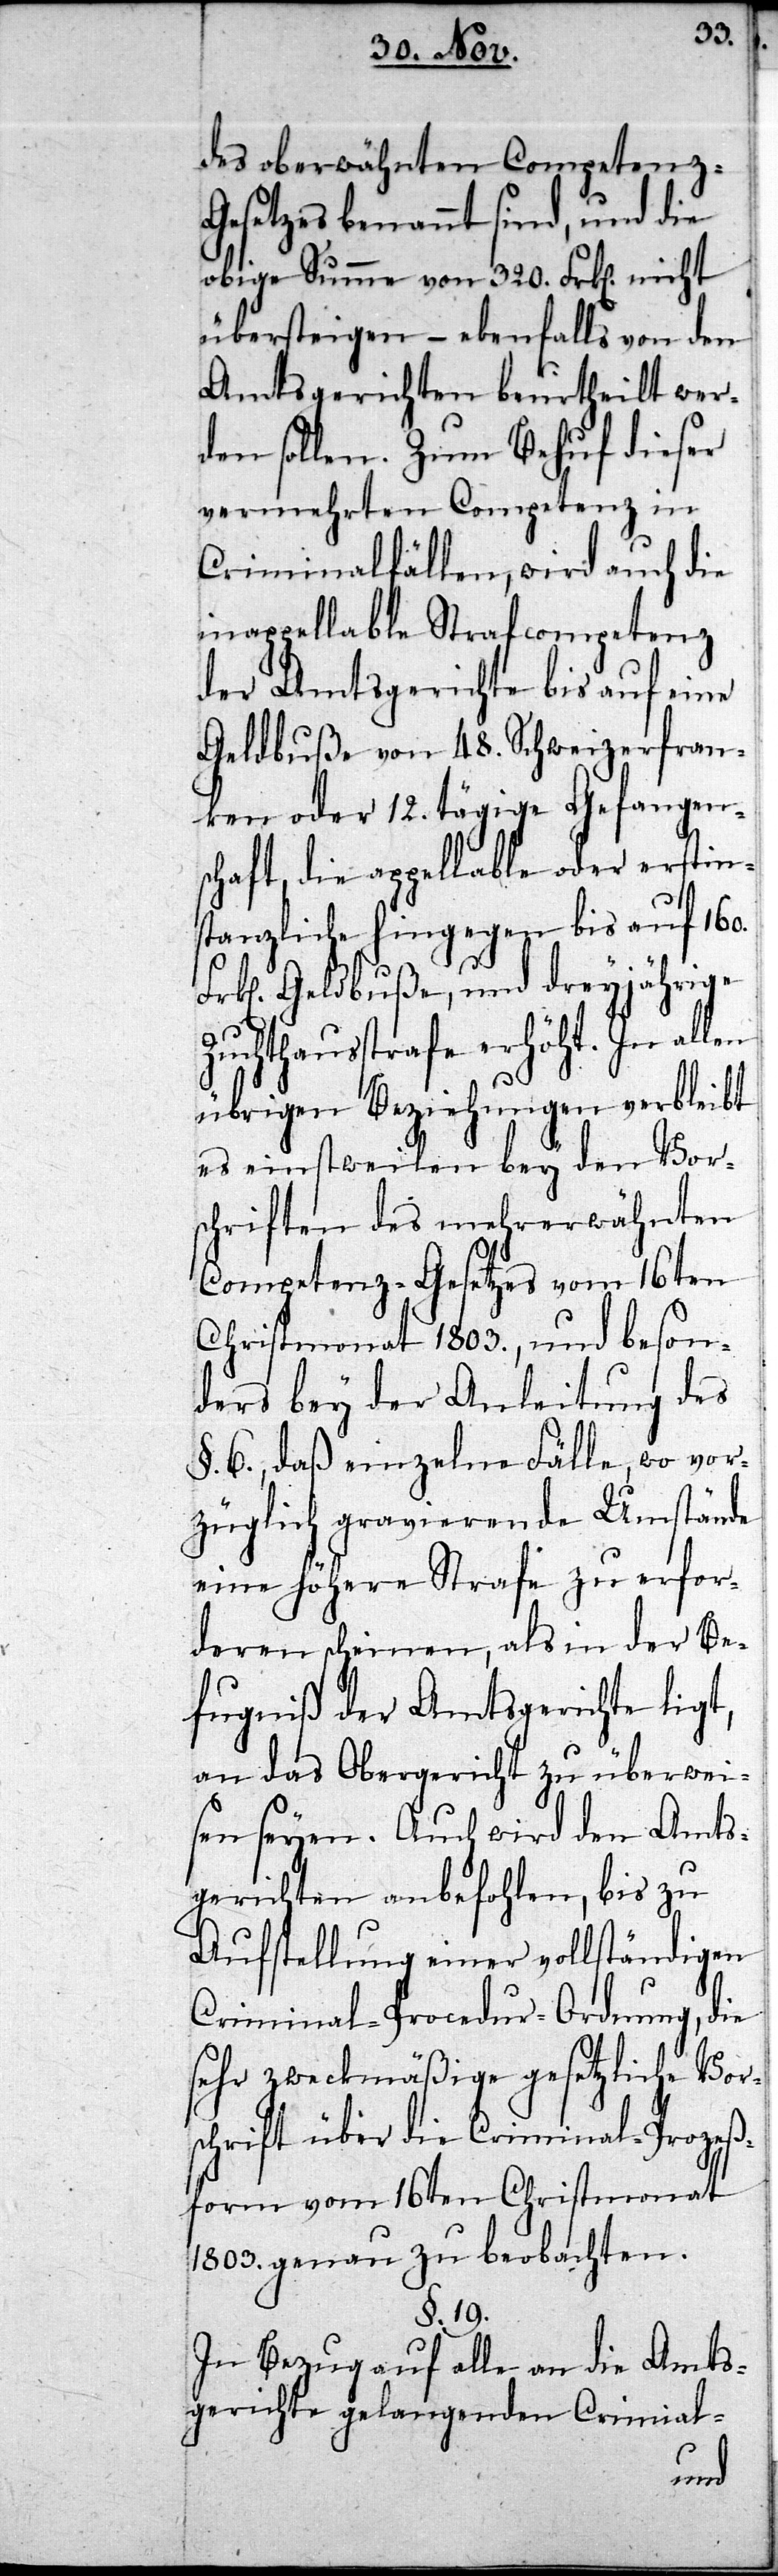
des oberwähnten Co¬
esetzes benannt sind,
obige Summe von 320. Frken
übersteigen – ebenfalls von den
Amtsgerichten beurtheilt wer¬
den sollen. Zum Behuf dieser
vermehrten Competenz in
chte
Criminalfällen, wird
inappellable Strafcompetenz
der Amtsgerichte bis auf eine
Geldbuße von 48. Schweizerfran¬
ken oder 12. tägige Gefangen¬
schaft, die appellable oder erstin¬
stanzliche hingegen bis auf 160.
Frken Geldbuße, und dreyjährige
Zuchthausstrafe erhöht. In
übrigen Beziehungen verbleibt
es einstweilen bey den Vor¬
schriften des mehrerwähnten
Competenz-Gesetzes vom 16ten
Christmonat 1803., und beson¬
ders bey der Anleitung von
§. 6, daß einzelne Fälle, wo vor¬
züglich gravierende Umstände
eine höhere Strafe zu erfor¬
deren scheinen, als in der B¬
efugniß der Amtsg¬
an das Obergericht zu
Amts¬
sen seyen. Auch wird
zu
gerichten anbefohlen,
Aufstellung einer vollständigen
Criminal-Procedur-Ordnung, die
sehr zweckmäßige gesetzliche Vor¬
schrift über die Criminal-Prozeß¬
form vom 16ten Christmonat
1803. genau zu beobachten.
§. 19.
In Bezug auf alle an die Amts¬
gerichte gelangenden Criminal-
und